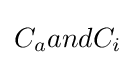
C_{a}andC_{i}